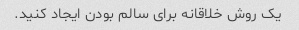
یک روش خلاقانه برای سالم بودن ایجاد کنید.